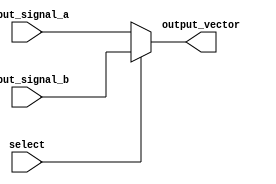
module vector_continuous_assignment (
    input wire [7:0] input_signal_a,  // 8-bit input signal A
    input wire [7:0] input_signal_b,  // 8-bit input signal B
    input wire select,                 // Select signal to choose between inputs
    output wire [7:0] output_vector    // 8-bit output vector
);

// Continuous assignment to output_vector based on select signal
assign output_vector = select ? input_signal_b : input_signal_a;

endmodule